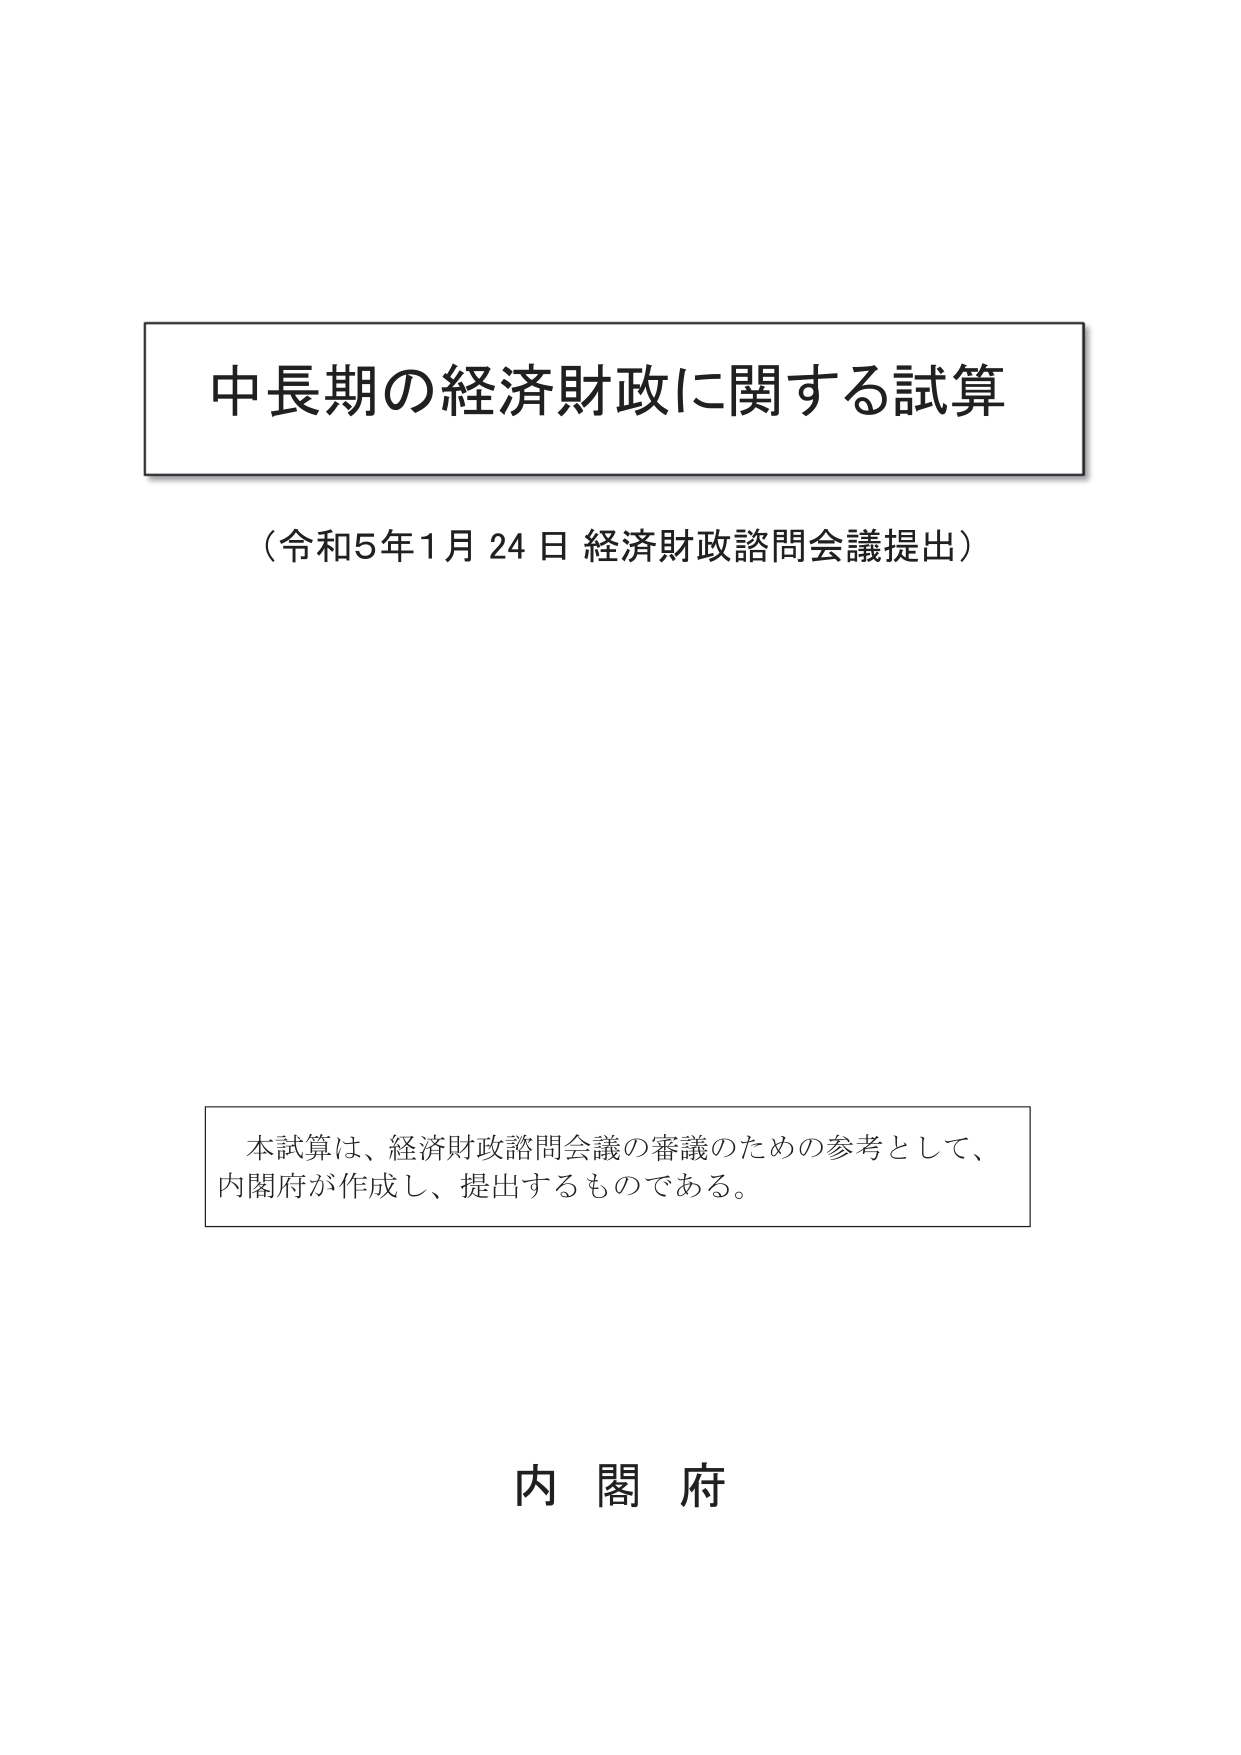
中長期の経済財政に関する試算
（令和5年1月24日 経済財政諮問会議提出）

本試算は、経済財政諮問会議の審議のための参考として、
内閣府が作成し、提出するものである。

内閣府